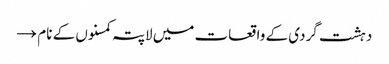
دہشت گردی کے واقعات میں لاپتہ کمسنوں کے نام →